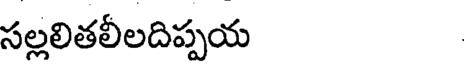
సల్లలితలీలదిప్పయ